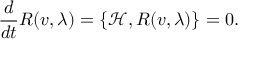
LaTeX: { \frac { d } { d t } } R ( v , \lambda ) = \{ \mathcal { H } , R ( v , \lambda ) \} = 0 .